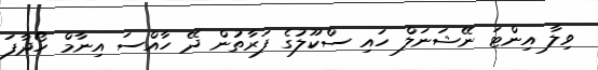
ވިލާ އިންޓަ ނޭޝަނަލް ހައި ސްކޫލުގެ ފަރާތުން ދޭ ހާއްސަ އިނާމް ހޯދާފަ